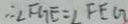
\therefore \angle F G E = \angle F E G